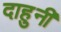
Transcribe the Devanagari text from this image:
दाहुनी